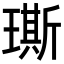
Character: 𤩐